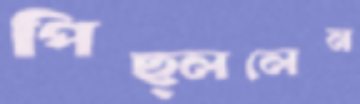
পিছ্‌ললেন